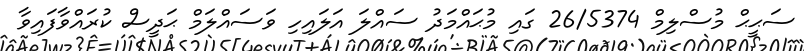
ސަޙީޙް މުސްލިމް 26/5374 ގައި މުޙައްމަދު ސައްލަ އަލައިހި ވަސައްލަމް ޙަދީސް ކުރައްވާފައިވާ